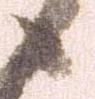
ら